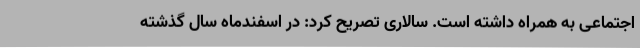
اجتماعی به همراه داشته است. سالاری تصریح کرد: در اسفندماه سال گذشته